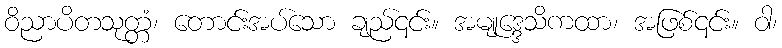
ဝိညာပိတသုတ္တံ၊ တောင်းအပ်သော ချည်၎င်း။ အမျုဒ္ဒေသိကထာ၊ အဖြစ်၎င်း။ ဝါ၊